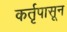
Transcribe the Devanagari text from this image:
कर्तृपासून